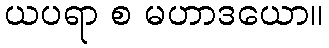
ယပရာ စ မဟာဒယော။